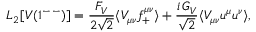
{ \cal L } _ { 2 } [ V ( 1 ^ { - \, - } ) ] = \frac { F _ { V } } { 2 \sqrt { 2 } } \langle V _ { \mu \nu } f _ { + } ^ { \mu \nu } \rangle + \frac { i \, G _ { V } } { \sqrt { 2 } } \langle V _ { \mu \nu } u ^ { \mu } u ^ { \nu } \rangle ,